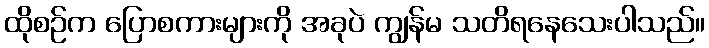
ထိုစဉ်က ပြောစကားများကို အခုပဲ ကျွန်မ သတိရနေသေးပါသည်။